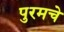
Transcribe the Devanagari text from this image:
पुरमचे